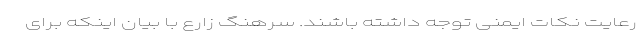
رعایت نکات ایمنی توجه داشته باشند. سرهنگ زارع با بیان اینکه برای